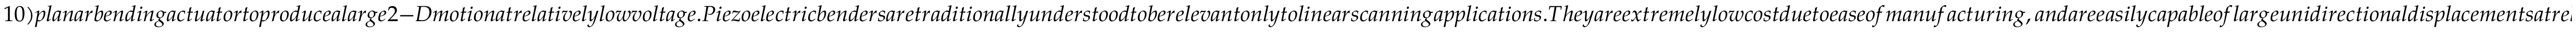
1 0 ) p l a n a r b e n d i n g a c t u a t o r t o p r o d u c e a l a r g e 2 - D m o t i o n a t r e l a t i v e l y l o w v o l t a g e . P i e z o e l e c t r i c b e n d e r s a r e t r a d i t i o n a l l y u n d e r s t o o d t o b e r e l e v a n t o n l y t o l i n e a r s c a n n i n g a p p l i c a t i o n s . T h e y a r e e x t r e m e l y l o w c o s t d u e t o e a s e o f m a n u f a c t u r i n g , a n d a r e e a s i l y c a p a b l e o f l a r g e u n i d i r e c t i o n a l d i s p l a c e m e n t s a t r e l a t i v e l y l o w v o l t a g e s . B y h a r n e s s i n g a n d a m p l i f y i n g t h e c l a s s i c a l l y u n d e s i r e d c o u p l e d v i b r a t i o n i n t h e o r t h o g o n a l a x i s , o u r d e s i g n i s t h e f i r s t t o p r e s e r v e t h e a d v a n t a g e s o f a 1 - D a c t u a t o r w h i l e d e m o n s t r a t i n g a n e w f u n c t i o n a l i t y a s a h i g h p e r f o r m a n c e 2 - D s c a n n e r i n i t s o w n r i g h t . T h e F O V i s n o t l i m i t e d b y t h e m o t i o n o f a s i n g l e f i b e r b u t i s m u l t i p l e x e d a l o n g t h e b e n d e r ^ { \prime } s w i d t h v i a a n a r r a y o f o p t i c a l f i b e r s r e s o n a t i n g i n t a n d e m , u n i q u e l y e n a b l e d b y i t s p l a n a r g e o m e t r y . T h e f i b e r s c a n n i n g p l a t f o r m i s s c a l a b l e t o b e n d e r s o f d i f f e r e n t s i z e s a n d h a s t h e p o t e n t i a l t o b e f u r t h e r m i n i a t u r i z e d f o r e n d o s c o p i c a p p l i c a t i o n s . T h i s c o m p l e t e l y n e w a p p r o a c h t o m i n i a t u r i z e d o p t i c a l s c a n n i n g p r o m i s e s n e w a v e n u e s o f r e s e a r c h a n d d e v e l o p m e n t o f s u c h d e v i c e s , a n d t h e s u b s t a n t i a l l y l o w e r p r i c e p o i n t a t l i t t l e c o s t t o p e r f o r m a n c e c o u l d b e a n i m p o r t a n t f a c t o r i n a c c e l e r a t i n g c o m m e r c i a l i z a t i o n . F o r s m a l l